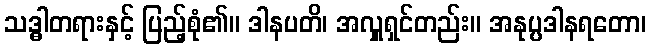
သဒ္ဓါတရားနှင့် ပြည့်စုံ၏။ ဒါနပတိ၊ အလှူရှင်တည်း။ အနုပ္ပဒါနရတော၊